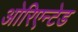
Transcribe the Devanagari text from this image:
ओरिएन्टेड